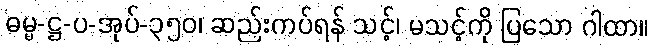
ဓမ္မ-ဋ္ဌ-ပ-အုပ်-၃၅၀၊ ဆည်းကပ်ရန် သင့်၊ မသင့်ကို ပြသော ဂါထာ။